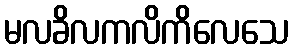
မလခိလကလိကိလေသေ